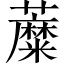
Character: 𧃲